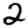
Digit: 2